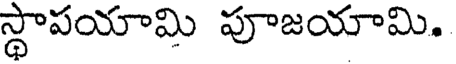
స్థాపయామి పూజయామి.